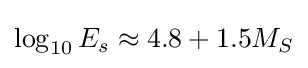
\log _{10}E_{s}\approx 4.8+1.5M_{S}